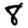
Digit: 8